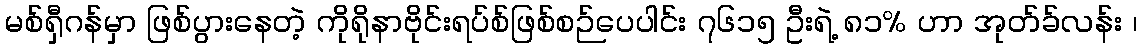
မစ်ရှီဂန်မှာ ဖြစ်ပွားနေတဲ့ ကိုရိုနာဗိုင်းရပ်စ်ဖြစ်စဉ်ပေပါင်း ၇၆၁၅ ဦးရဲ့ ၈၁% ဟာ အုတ်ခ်လန်း ၊